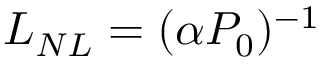
L _ { N L } = ( \alpha P _ { 0 } ) ^ { - 1 }